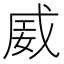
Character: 𪭏